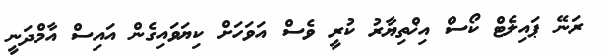
ރަނޭ ޕައިލެޓް ކޯސް އިޚްތިޔާރު ކުރީ ވެސް އަވަހަށް ކިޔަވައިގެން އައިސް އާމްދަނީ